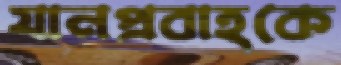
যানপ্রবাহকে